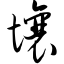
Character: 壤